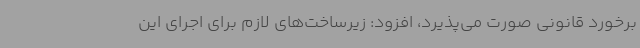
برخورد قانونی صورت می‌پذیرد، افزود: زیرساخت‌های لازم برای اجرای این